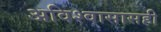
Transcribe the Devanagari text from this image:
अविश्वासासही